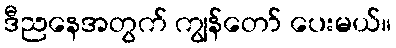
ဒီညနေအတွက် ကျွန်တော် ပေးမယ်။